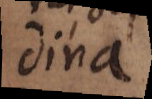
dina